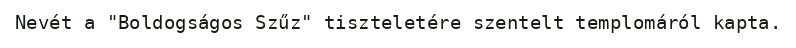
Nevét a "Boldogságos Szűz" tiszteletére szentelt templomáról kapta.